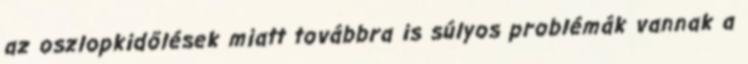
az oszlopkidőlések miatt továbbra is súlyos problémák vannak a